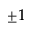
\pm 1